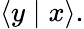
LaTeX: \langle y\mid x\rangle.